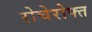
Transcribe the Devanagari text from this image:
रोचेरोफ्त